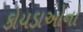
કોયડાઓનો